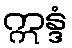
ဣန္ဒံ